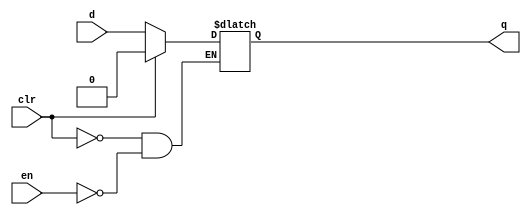
module alat
    ( input d, en, clr, output reg q );
    initial begin
      q = 0;
    end
	always @(*)
		if ( clr )
			q <= 1'b0;
		else if (en)
            q <= d;
endmodule

module alatn
    ( input d, en, clr, output reg q );
    initial begin
      q = 0;
    end
	always @(*)
		if ( !clr )
			q <= 1'b0;
		else if (!en)
            q <= d;
endmodule

module latsr
    ( input d, en, pre, clr, output reg q );
    initial begin
      q = 0;
    end
	always @(*)
		if ( clr )
			q <= 1'b0;
		else if ( pre )
			q <= 1'b1;
		else if ( en )
            q <= d;
endmodule

module nlatsr
    ( input d, en, pre, clr, output reg q );
    initial begin
      q = 0;
    end
	always @(*)
		if ( !clr )
			q <= 1'b0;
		else if ( !pre )
			q <= 1'b1;
		else if ( !en )
            q <= d;
endmodule

module top (
input en,
input clr,
input pre,
input a,
output b,b1,b2,b3
);

latsr u_latsr (
        .en (en ),
        .clr (clr),
        .pre (pre),
        .d (a ),
        .q (b )
    );

nlatsr u_nlatsr (
        .en (en ),
        .clr (clr),
        .pre (pre),
        .d (a ),
        .q (b1 )
    );

alat u_alat (
        .en (en ),
        .clr (clr),
        .d (a ),
        .q (b2 )
    );

alatn u_alatn (
        .en (en ),
        .clr (clr),
        .d (a ),
        .q (b3 )
    );

endmodule